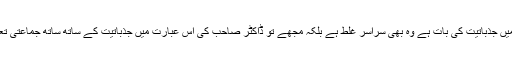
جہاں تک ملّا صاحب کی نظم میں جذباتیت کی بات ہے وہ بھی سراسر غلط ہے بلکہ مجھے تو ڈاکٹر صاحب کی اس عبارت میں جذباتیت کے ساتھ ساتھ جماعتی تعصب بھی کارفرما نظر آتا ہے۔